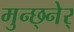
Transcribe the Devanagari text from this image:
मुन्छ्नेर्